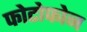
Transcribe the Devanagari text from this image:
फोटोफोन